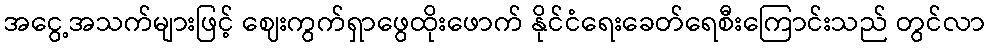
အငွေ့အသက်များဖြင့် ဈေးကွက်ရှာဖွေထိုးဖောက် နိုင်ငံရေးခေတ်ရေစီးကြောင်းသည် တွင်လာ